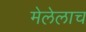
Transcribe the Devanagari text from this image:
मेलेलाच